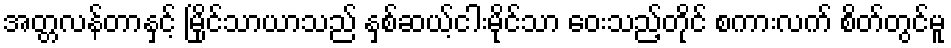
အတ္တလန်တာနှင့် မြိုင်သာယာသည် နှစ်ဆယ့်ငါးမိုင်သာ ဝေးသည့်တိုင် စကားလက် စိတ်တွင်မူ